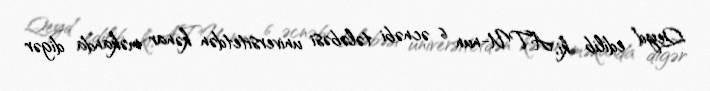
Qeyd edilib ki, ATU-nun 6 əcnəbi tələbəsi universitetdən kənar məkanda digər